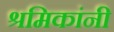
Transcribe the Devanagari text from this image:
श्रमिकांनी